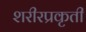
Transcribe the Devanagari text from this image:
शरीरप्रकृती